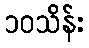
၁၀သိန်း